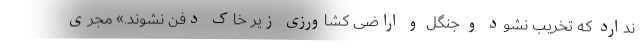
ندارد که تخریب نشود و جنگل و اراضی کشاورزی زیر خاک دفن نشوند.» مجری